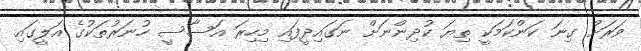
ވަރަށް ގިނަ ކަންކަމަކީ ތިޔަ ކުދިންނަށް ނަގައިދީފައި މިހިރަ އަސާސީ ހުނަރުތަކުގެ އަލީގައި